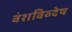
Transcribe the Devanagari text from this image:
वंशविव्देष